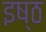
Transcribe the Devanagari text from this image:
इष्ठ